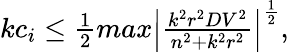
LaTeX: \begin{array}{r}{kc_{i}\leq\frac{1}{2}max\left|\frac{k^{2}r^{2}DV^{2}}{n^{2}+k^{2}r^{2}}\right|^{\frac{1}{2}},}\end{array}